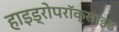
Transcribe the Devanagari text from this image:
हाइड्रोपरॉक्साइड